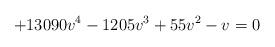
LaTeX: \begin{align*}+13090 v^4-1205 v^3+55 v^2-v=0\end{align*}